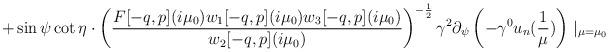
LaTeX: \begin{align*}+\sin\psi\cot\eta\cdot\left(\frac{F[-q,p](i\mu_{0})w_{1}[-q,p](i\mu_{0})w_{3}[-q,p](i\mu_{0})}{w_{2}[-q,p](i\mu_{0})}\right)^{-\frac{1}{2}} \gamma^{2}\partial_{\psi}\left(-\gamma^{0}u_{n}(\frac{1}{\mu})\right)\mid_{\mu=\mu_{0}}\end{align*}